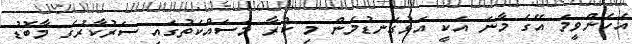
އެހެންވީމަ އޭގެ މާނަ އަކީ އަޅުގަނޑުމެން މި ކުރާ މަސައްކަތުގައި ސަރުކާރުގެ މާބޮޑު